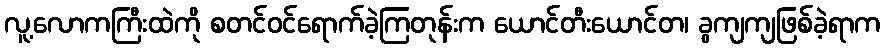
လူ့လောကကြီးထဲကို စတင်ဝင်ရောက်ခဲ့ကြတုန်းက ယောင်တီးယောင်တ၊ ခွကျကျဖြစ်ခဲ့ရာက